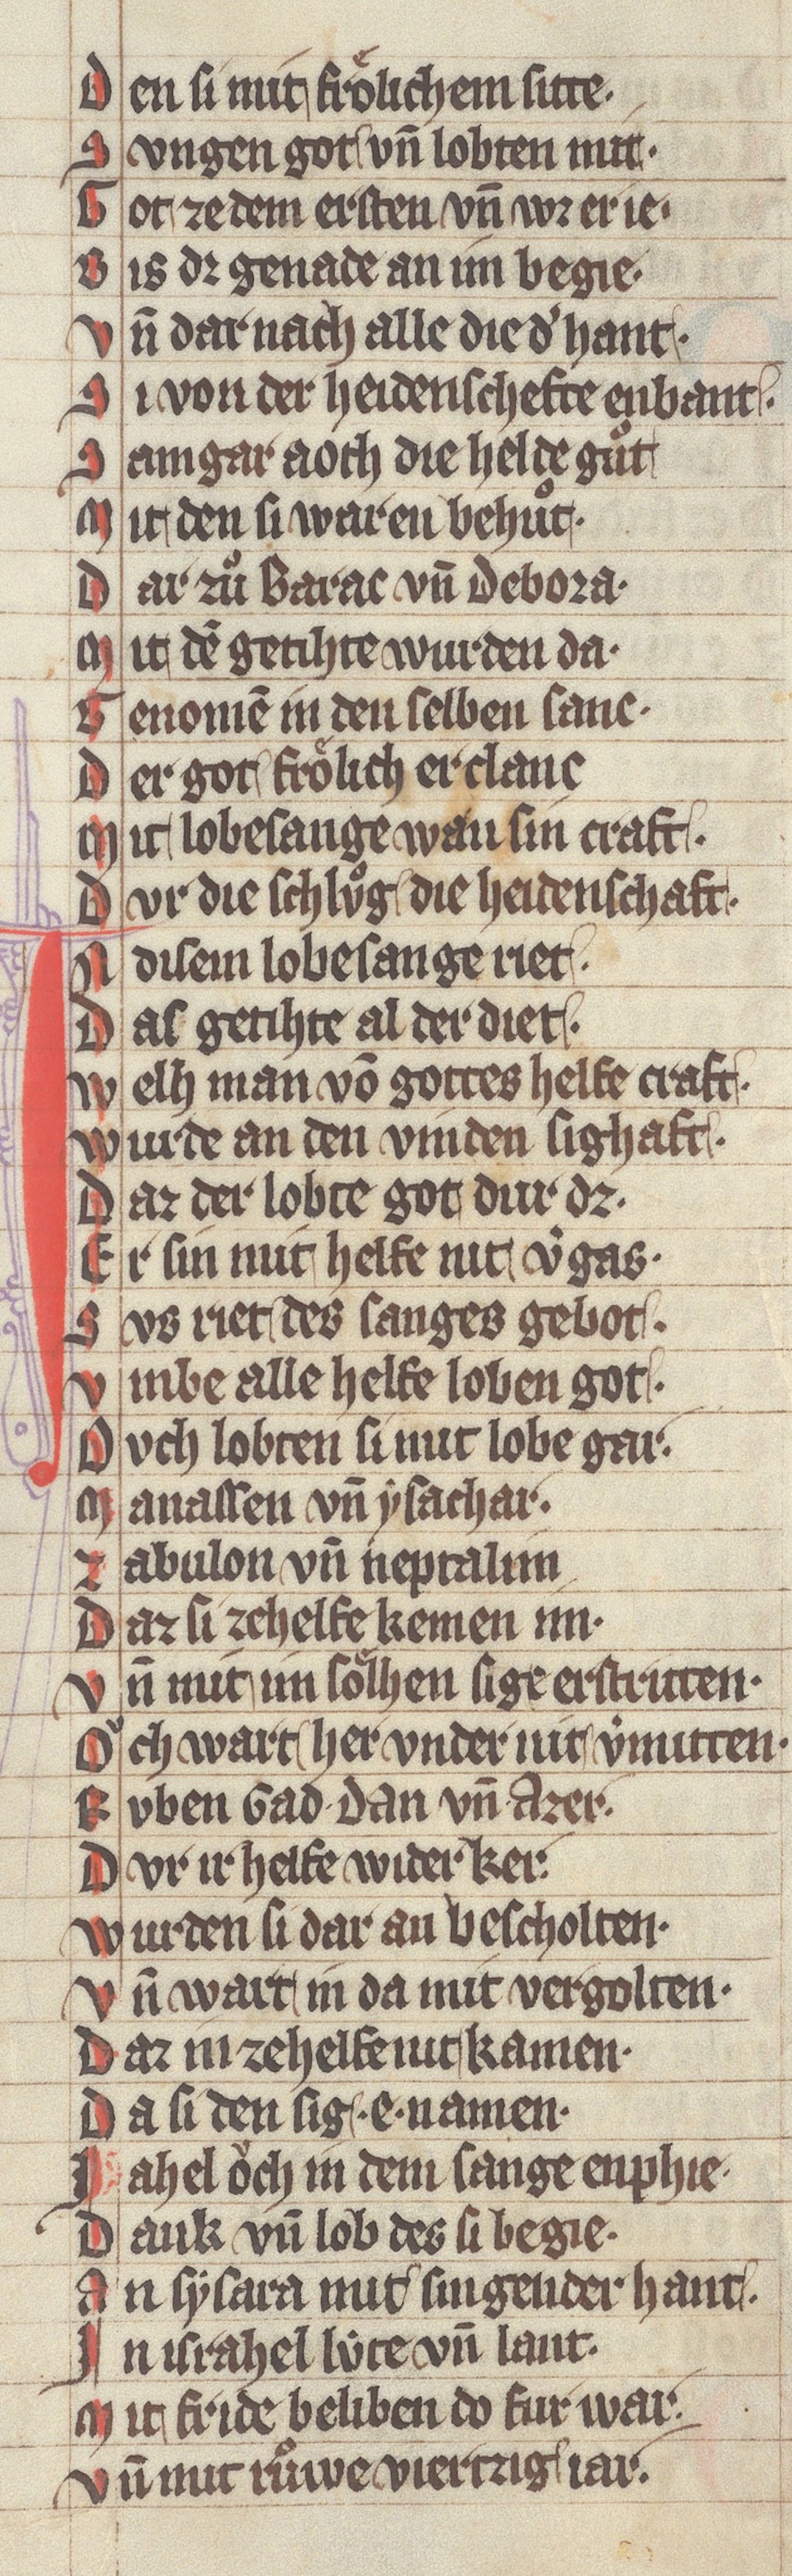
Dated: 1340–1350